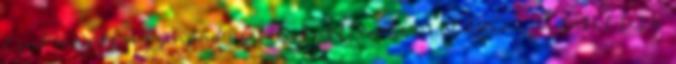
Csak megáll a színpad szélén. Egyetlen köríves karmozdulatot tesz.